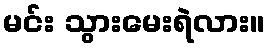
မင်း သွားမေးရဲလား။